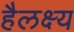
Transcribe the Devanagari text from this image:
हैलक्ष्य